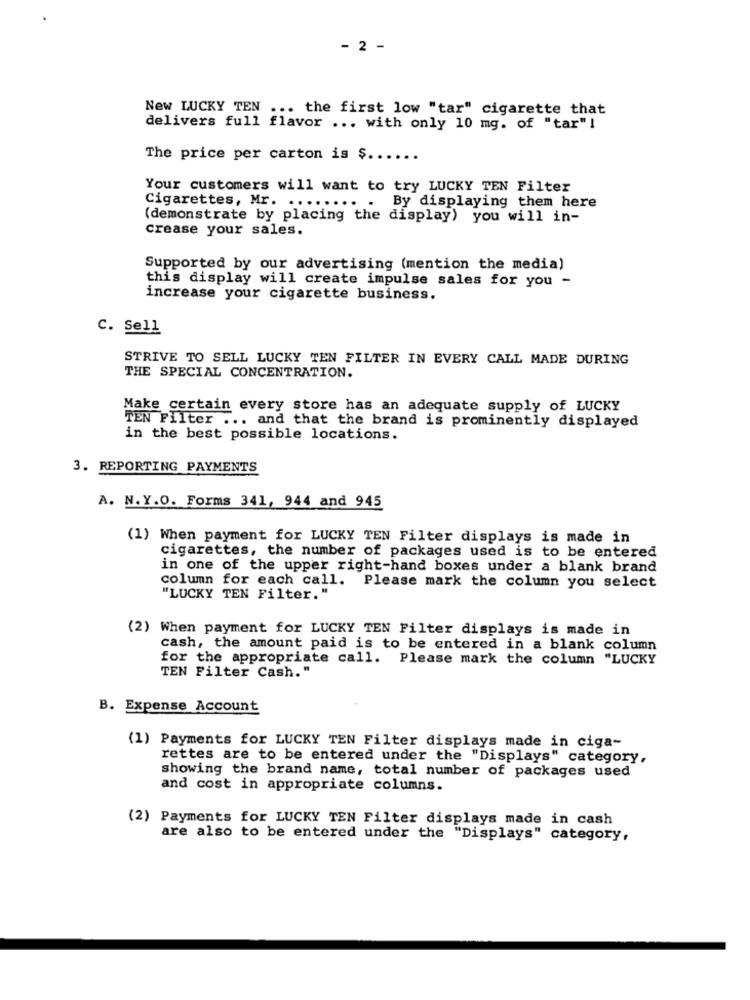
- 2 -
New LUCKY TEN ... the first low "tar" cigarette that
delivers full flavor ... with only 10 mg. of "tar" !
The price per carton is $ ......
Your customers will want to try LUCKY TEN Filter
By displaying them here
Cigarettes, Mr. ........ .
(demonstrate by placing the display) you will in-
crease your sales.
Supported by our advertising (mention the media)
this display will create impulse sales for you -
increase your cigarette business.
C. Sell
STRIVE TO SELL LUCKY TEN FILTER IN EVERY CALL MADE DURING
THE SPECIAL CONCENTRATION.
Make certain every store has an adequate supply of LUCKY
TEN Filter ... and that the brand is prominently displayed
in the best possible locations.
3. REPORTING PAYMENTS
A. N.Y.O. Forms 341, 944 and 945
(1) When payment for LUCKY TEN Filter displays is made in
cigarettes, the number of packages used is to be entered
in one of the upper right-hand boxes under a blank brand
column for each call. Please mark the column you select
"LUCKY TEN Filter."
(2) When payment for LUCKY TEN Filter displays is made in
cash, the amount paid is to be entered in a blank column
for the appropriate call. Please mark the column "LUCKY
TEN Filter Cash."
B. Expense Account
(1) Payments for LUCKY TEN Filter displays made in ciga-
rettes are to be entered under the "Displays" category,
showing the brand name, total number of packages used
and cost in appropriate columns.
(2) Payments for LUCKY TEN Filter displays made in cash
are also to be entered under the "Displays" category,